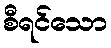
စီရင်သော